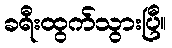
ခရီးထွက်သွားပြီ။